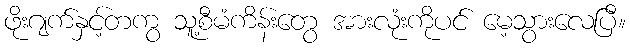
ဖိုးဂျက်နှင့်တကွ သူ့စီမံကိန်းတွေ အားလုံးကိုပင် မေ့သွားလေပြီ။